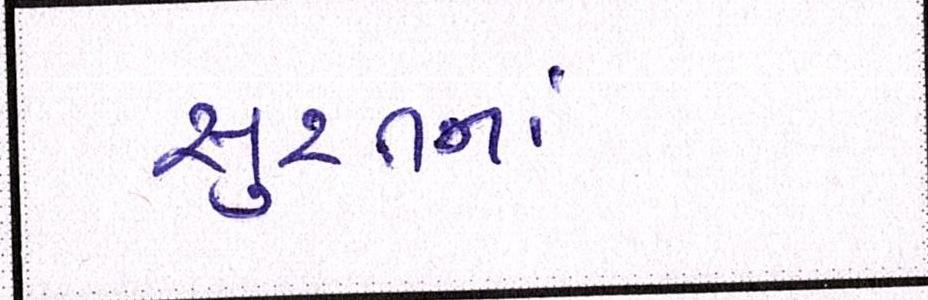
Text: સુરતનાં